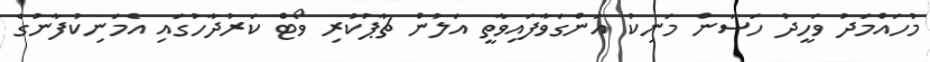
މުހައްމަދު ވަހީދު ހަސަން މަނިކު އަންގަވާފައިވާތީ އަލުން ޗާޕުކުރި ވޯޓް ކަރުދާހުގައި އެމަނިކުފާނުގެ